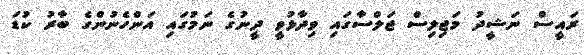
ރައީސް ނަޝީދު މަޖިލިސް ޖަލްސާގައި ވިދާޅުވީ ދީނުގެ ނަމުގައި އަންހެނުންގެ ބާރު ކުޑަ